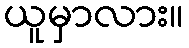
ယူမှာလား။